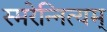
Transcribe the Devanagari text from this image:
स्मरेन्‍नित्यम्‌